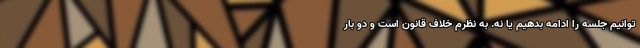
‌توانیم جلسه را ادامه بدهیم یا نه. به نظرم خلاف قانون است و دو بار